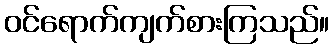
ဝင်ရောက်ကျက်စားကြသည်။